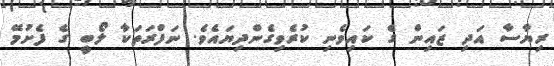
ރިޔާސާ އަދި ޒައިންް ގެ ކައިވެނި ކުރެވިގެންދިޔައެވެ. ނަފްރަތަކާ ލޯބީ ގެ ފެށުަމޭ